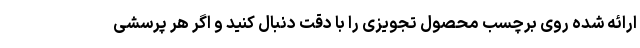
ارائه شده روی برچسب محصول تجویزی را با دقت دنبال کنید و اگر هر پرسشی